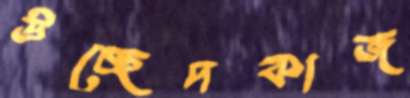
উচ্ছেদকাজ